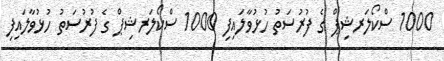
1000 ސްކޯލަރޝިޕް ގެ ފުރުސަތު ހުޅުވާލައިފި 1000 ސްކޯލަރޝިޕް ގެ ފުރުސަތު ހުޅުވާލައިފި